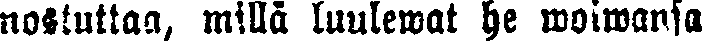
nostuttaa, millä luulewat he woiwansa